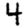
Digit: 4